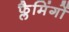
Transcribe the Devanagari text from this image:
फ्लैमिंगों